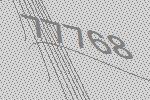
77768